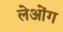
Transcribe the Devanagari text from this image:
लेओंग